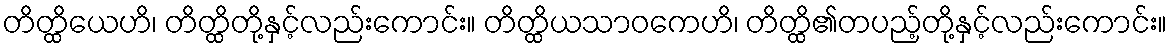
တိတ္ထိယေဟိ၊ တိတ္ထိတို့နှင့်လည်းကောင်း။ တိတ္ထိယသာဝကေဟိ၊ တိတ္ထိ၏တပည့်တို့နှင့်လည်းကောင်း။